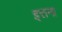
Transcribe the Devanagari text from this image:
इत्तना